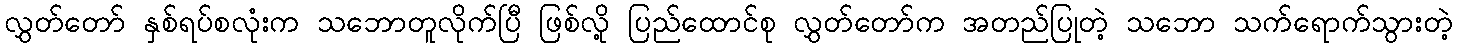
လွှတ်တော် နှစ်ရပ်စလုံးက သဘောတူလိုက်ပြီ ဖြစ်လို့ ပြည်ထောင်စု လွှတ်တော်က အတည်ပြုတဲ့ သဘော သက်ရောက်သွားတဲ့